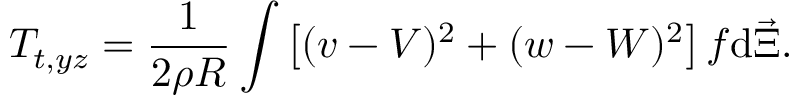
T _ { t , y z } = \frac { 1 } { 2 \rho R } \int { \left[ ( v - V ) ^ { 2 } + ( w - W ) ^ { 2 } \right] f \mathrm { d } { \vec { \Xi } } } .